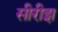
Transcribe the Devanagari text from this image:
सीरीझ